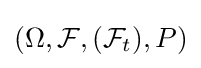
(\Omega ,{\mathcal {F}},({\mathcal {F}}_{t}),P)